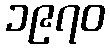
၁၉၇၀